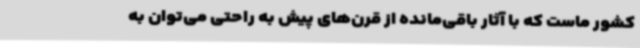
کشور ماست که با آثار باقی‌مانده از قرن‌های پیش به راحتی می‌توان به